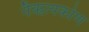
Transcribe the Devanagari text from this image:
नैऋत्यकोण